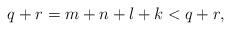
LaTeX: \begin{align*}q+r=m+n+l+k<q+r,\end{align*}